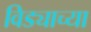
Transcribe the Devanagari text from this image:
विड्याच्‍या